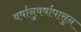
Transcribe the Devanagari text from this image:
वर्षानुवर्षापासुन